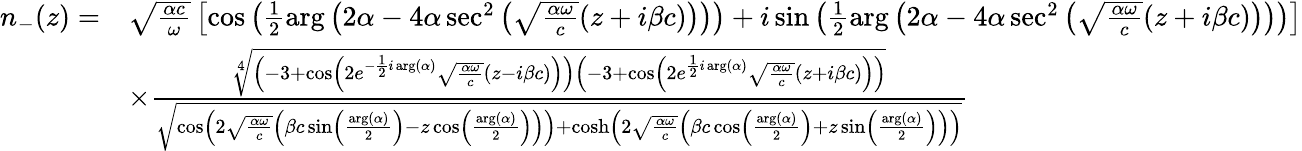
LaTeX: \begin{array}{rl}{n_{-}(z)=}&{\sqrt{\frac{\alpha c}{\omega}}\left[\cos\left(\frac{1}{2}\arg\left(2\alpha-4\alpha\sec^{2}\left(\sqrt{\frac{\alpha\omega}{c}}(z+i\beta c)\right)\right)\right)+i\sin\left(\frac{1}{2}\arg\left(2\alpha-4\alpha\sec^{2}\left(\sqrt{\frac{\alpha\omega}{c}}(z+i\beta c)\right)\right)\right)\right]}\\ &{\times\frac{\sqrt[4]{\left(-3+\cos\left(2e^{-\frac{1}{2}i\arg(\alpha)}\sqrt{\frac{\alpha\omega}{c}}(z-i\beta c)\right)\right)\left(-3+\cos\left(2e^{\frac{1}{2}i\arg(\alpha)}\sqrt{\frac{\alpha\omega}{c}}(z+i\beta c)\right)\right)}}{\sqrt{\cos\left(2\sqrt{\frac{\alpha\omega}{c}}\left(\beta c\sin\left(\frac{\arg(\alpha)}{2}\right)-z\cos\left(\frac{\arg(\alpha)}{2}\right)\right)\right)+\cosh\left(2\sqrt{\frac{\alpha\omega}{c}}\left(\beta c\cos\left(\frac{\arg(\alpha)}{2}\right)+z\sin\left(\frac{\arg(\alpha)}{2}\right)\right)\right)}}}\end{array}